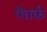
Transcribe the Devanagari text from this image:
पेतर्क